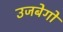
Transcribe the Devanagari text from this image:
उजबेगों